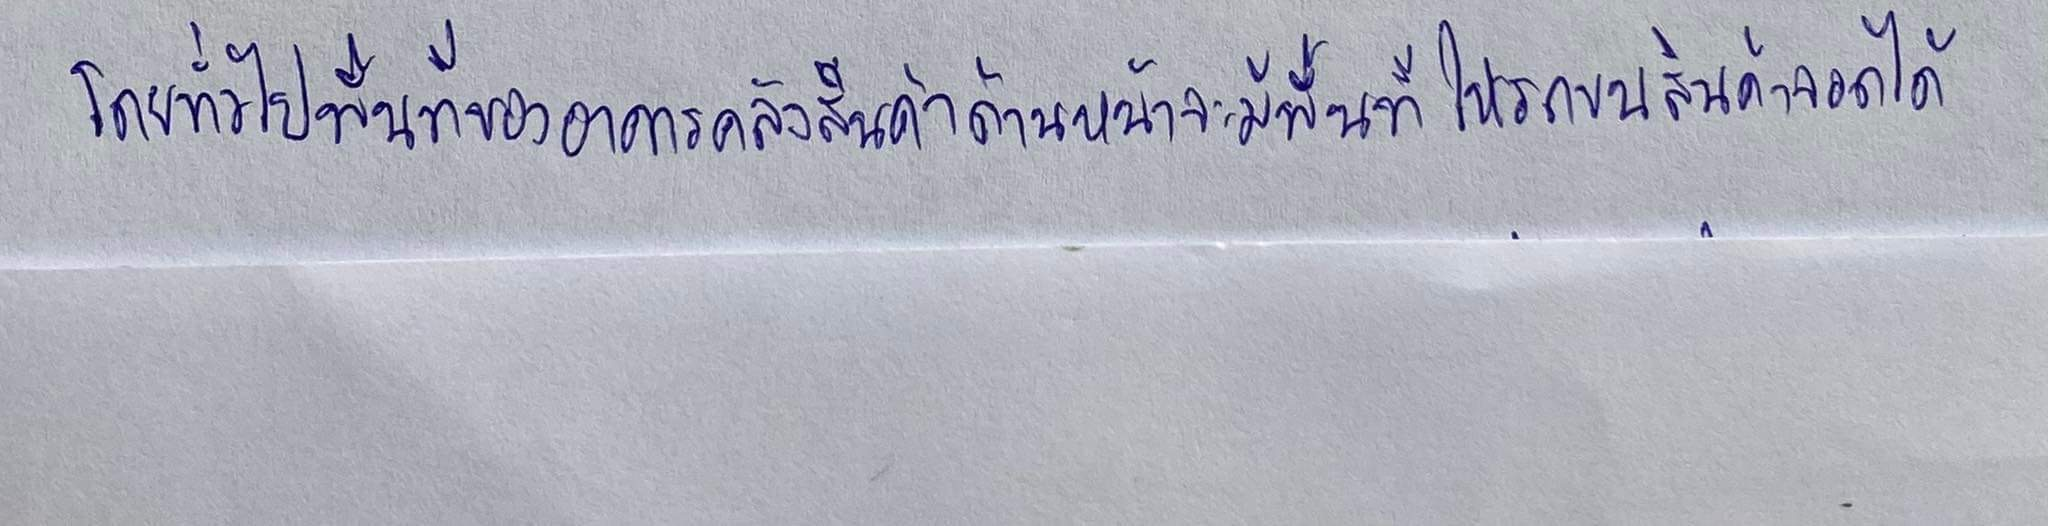
โดยทั่วไปพื้นที่ของอาคารคลังสินค้าด้านหน้าจะมีพื้นที่ให้รถขนสินค้าจอดได้